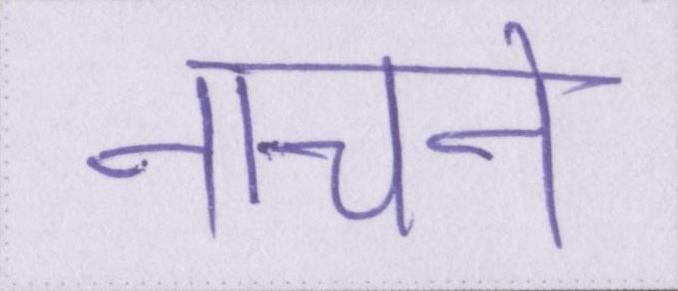
नाचने